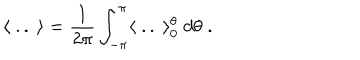
\langle \; . . \; \rangle = \frac { 1 } { 2 \pi } \int _ { - \pi } ^ { \pi } \langle \; . . \; \rangle _ { 0 } ^ { \theta } \; d \theta \; .